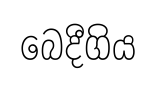
බෙදීගිය